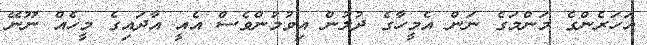
އަހަރެންގެ މަންމަގެ ނަން އެމީހާގެ ދުލުން އިވުމުންވެސް އެއީ އާދައިގެ މީހެއް ނޫނޭ